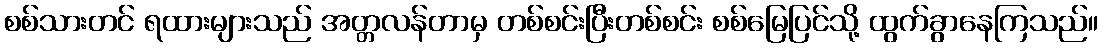
စစ်သားတင် ရထားများသည် အတ္တလန်တာမှ တစ်စင်းပြီးတစ်စင်း စစ်မြေပြင်သို့ ထွက်ခွာနေကြသည်။